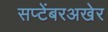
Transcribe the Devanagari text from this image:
सप्टेंबरअखेर